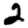
Digit: 2